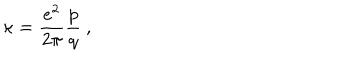
\kappa = \frac { e ^ { 2 } } { 2 \pi } \frac { p } { q } \ ,